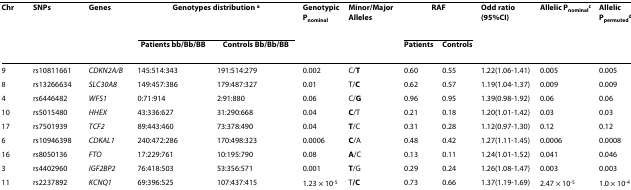
<table><thead><tr><td><b>Chr</b></td><td><b>SNPs</b></td><td><b>Genes</b></td><td colspan="2"><b>Genotypes distribution <sup>a</sup></b></td><td><b>Genotypic P<sub>nominal</sub></b></td><td><b>Minor/Major Alleles</b></td><td colspan="2"><b>RAF</b></td><td><b>Odd ratio (95%CI)</b></td><td><b>Allelic P<sub>nominal</sub><sup>c</sup></b></td><td><b>Allelic P<sub>permuted</sub><sup>d</sup></b></td></tr><tr><td></td><td></td><td></td><td><b>Patients bb/Bb/BB</b></td><td><b>Controls Bb/Bb/BB</b></td><td></td><td></td><td><b>Patients</b></td><td><b>Controls</b></td><td></td><td></td><td></td></tr></thead><tbody><tr><td>9</td><td>rs10811661</td><td><i>CDKN2A/B</i></td><td>145:514:343</td><td>191:514:279</td><td>0.002</td><td>C/<b>T</b></td><td>0.60</td><td>0.55</td><td>1.22(1.06-1.41)</td><td>0.005</td><td>0.005</td></tr><tr><td>8</td><td>rs13266634</td><td><i>SLC30A8</i></td><td>149:457:386</td><td>179:487:327</td><td>0.01</td><td>T/<b>C</b></td><td>0.62</td><td>0.57</td><td>1.19(1.04-1.37)</td><td>0.009</td><td>0.009</td></tr><tr><td>4</td><td>rs6446482</td><td><i>WFS1</i></td><td>0:71:914</td><td>2:91:880</td><td>0.06</td><td>C/<b>G</b></td><td>0.96</td><td>0.95</td><td>1.39(0.98-1.92)</td><td>0.06</td><td>0.06</td></tr><tr><td>10</td><td>rs5015480</td><td><i>HHEX</i></td><td>43:336:627</td><td>31:290:668</td><td>0.04</td><td><b>C</b>/T</td><td>0.21</td><td>0.18</td><td>1.20(1.01-1.42)</td><td>0.03</td><td>0.03</td></tr><tr><td>17</td><td>rs7501939</td><td><i>TCF2</i></td><td>89:443:460</td><td>73:378:490</td><td>0.04</td><td><b>T</b>/C</td><td>0.31</td><td>0.28</td><td>1.12(0.97-1.30)</td><td>0.12</td><td>0.12</td></tr><tr><td>6</td><td>rs10946398</td><td><i>CDKAL1</i></td><td>240:472:286</td><td>170:498:323</td><td>0.0006</td><td><b>C</b>/A</td><td>0.48</td><td>0.42</td><td>1.27(1.11-1.45)</td><td>0.0006</td><td>0.0008</td></tr><tr><td>16</td><td>rs8050136</td><td><i>FTO</i></td><td>17:229:761</td><td>10:195:790</td><td>0.08</td><td><b>A</b>/C</td><td>0.13</td><td>0.11</td><td>1.24(1.01-1.52)</td><td>0.041</td><td>0.046</td></tr><tr><td>3</td><td>rs4402960</td><td><i>IGF2BP2</i></td><td>76:418:503</td><td>53:356:571</td><td>0.001</td><td><b>T</b>/G</td><td>0.29</td><td>0.24</td><td>1.26(1.08-1.47)</td><td>0.003</td><td>0.003</td></tr><tr><td>11</td><td>rs2237892</td><td><i>KCNQ1</i></td><td>69:396:525</td><td>107:437:415</td><td>1.23 × 10<sup>-5</sup></td><td>T<b>/C</b></td><td>0.73</td><td>0.66</td><td>1.37(1.19-1.69)</td><td>2.47 × 10<sup>-5</sup></td><td>1.0 × 10<sup>-4</sup></td></tr></tbody></table>